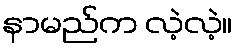
နာမည်က လဲ့လဲ့။